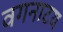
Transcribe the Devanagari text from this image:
वगनाटय